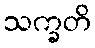
သက္ခတိ